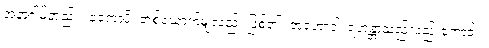
အနာဂါမ်တည်း။ ဧကောပိ၊ တစ်ယောက်မျှလည်း ဖြစ်၏။ အရဟာဝါ၊ ရဟန္တာသည်လည်းကောင်း။